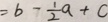
= b - \frac { 1 } { 2 } a + c